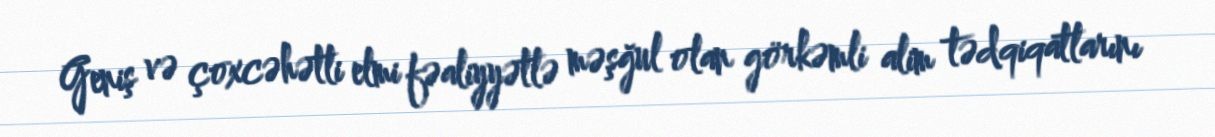
Geniş və çoxcəhətli elmi fəaliyyətlə məşğul olan görkəmli alim tədqiqatlarını